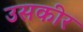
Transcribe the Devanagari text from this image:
उसकीर